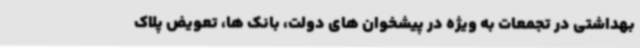
بهداشتی در تجمعات به ویژه در پیشخوان های دولت، بانک ها، تعویض پلاک